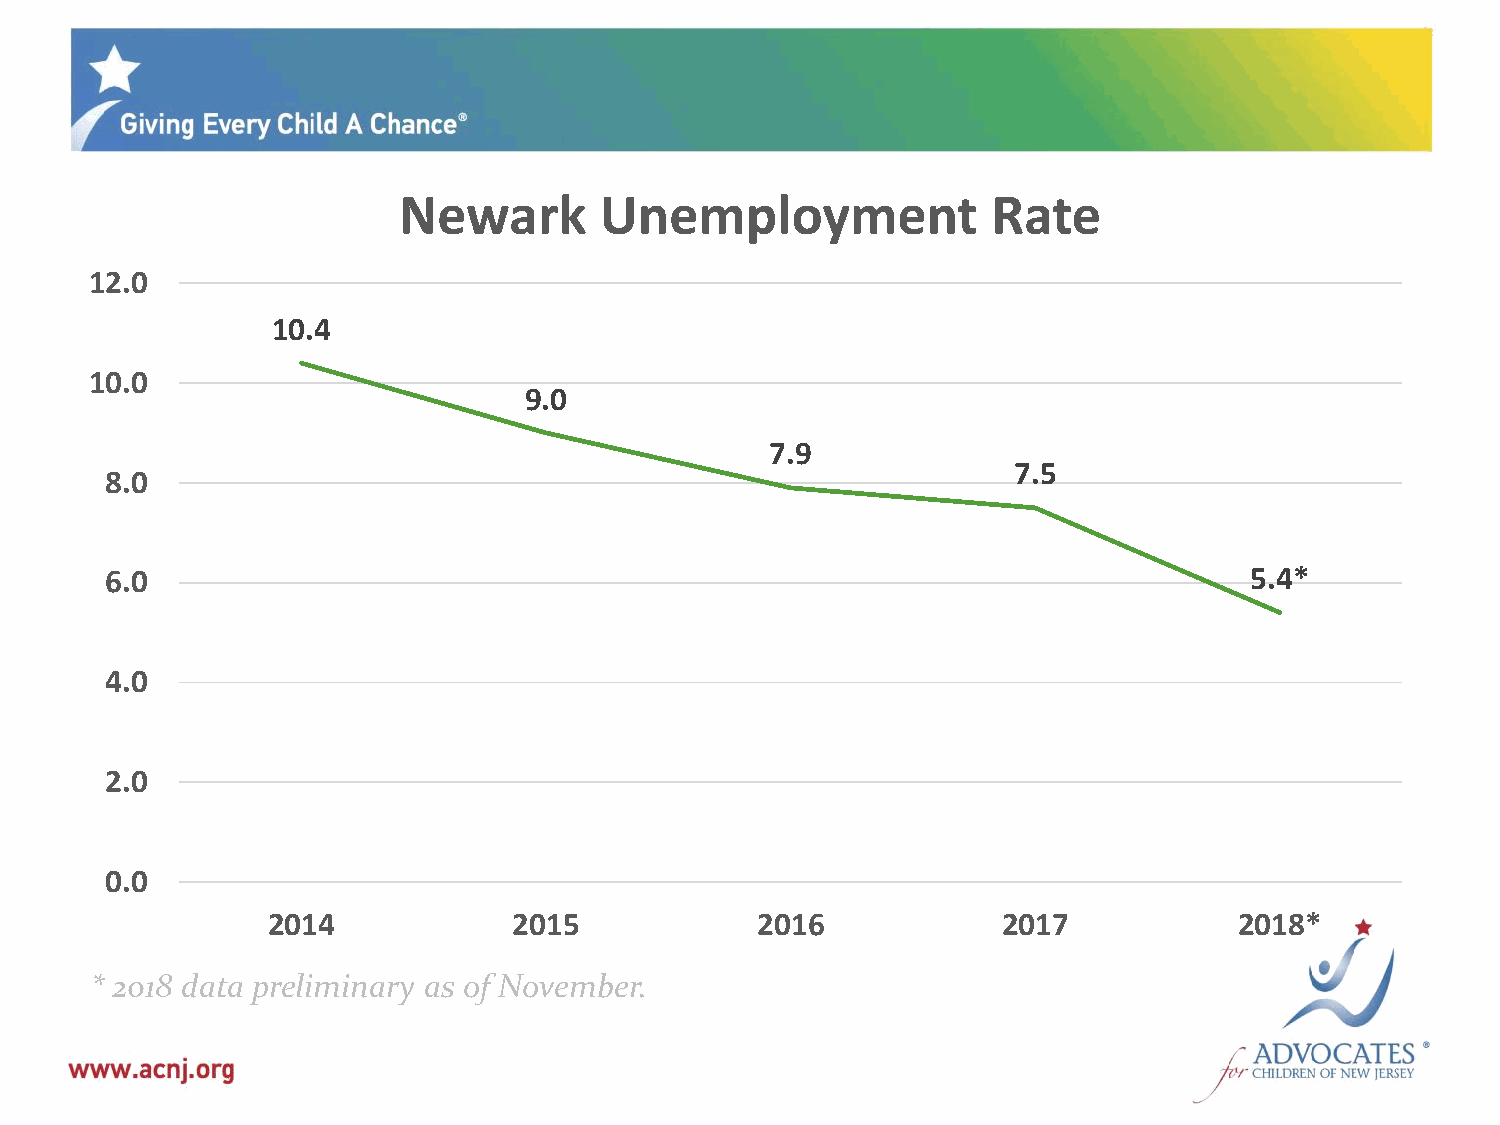
Newark        Unemployment              Rate
 12.0
 10.4
 10.0
 9.0
 7.9
 7.5
 8.0
 6.0                                                                         5.4*
 4.0
 2.0
 0.0
 2014            2015            2016            2017            2018*
 * 2018 data preliminary as of November.